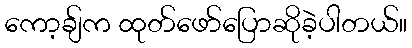
ကော့ချ်က ထုတ်ဖော်ပြောဆိုခဲ့ပါတယ်။